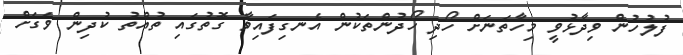
ފުލުހުން ވިދާޅުވީ މިހާތަނަށް ހޯދި ހޯދުންތަކުން އެނގިފައިވާ ގޮތުގައި ތުއްތު ކުދިން ވަގަށް